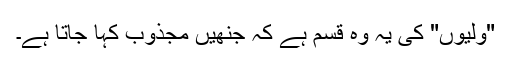
"ولیوں" کی یہ وہ قسم ہے کہ جنھیں مجذوب کہا جاتا ہے۔